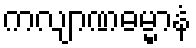
ကလျာဏဓမ္မာနံ